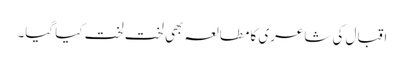
اقبال کی شاعری کا مطالعہ بھی لخت لخت کیا گیا۔